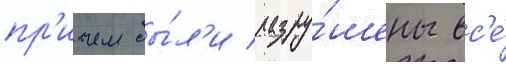
пр'ичем бы́л'и разру́шены вс'е́